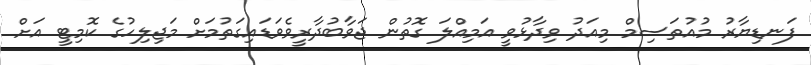
ފަނޑިޔާރު މުއުތަސިމް މިއަދު ވިދާޅުވީ އަމިއްލަ ގޮތުން ޖަވާބުދާރީވެވަޑައިގަތުމަށް މަޖިލިހުގެ ކޮމިޓީ އަށް